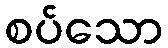
စပ်သော